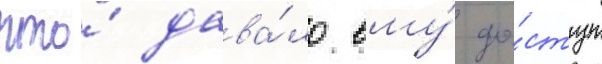
что́ дава́ло ему́ до́ступ